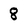
Character: 8